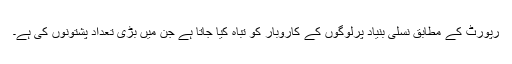
رپورٹ کے مطابق نسلی بنیاد پرلوگوں کے کاروبار کو تباہ کیا جاتا ہے جن میں بڑی تعداد پشتونوں کی ہے۔